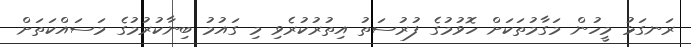
ރަނގަޅު މީހުން މަގާމުތަކަށް ހޮވުމުގެ ފުރުސަތު އިތުރުކުރެވި މި ގައުމު ބިނާކުރުމުގެ މަސައްކަތަށް